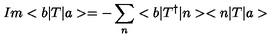
I m < b | T | a > = - \sum _ { n } < b | T ^ { \dagger } | n > < n | T | a >